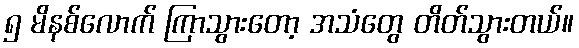
၅ မိနစ်လောက် ကြာသွားတော့ အသံတွေ တိတ်သွားတယ်။